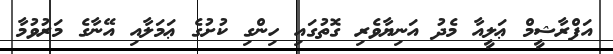
އަފްރާޝީމް ޢަލީއާ މެދު އަނިޔާވެރި ގޮތުގައި ހިންގި ކުށުގެ ޢަމަލާއި އޭނާގެ މަރުވުމާ